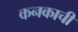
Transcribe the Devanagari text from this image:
कनकाची